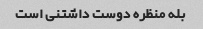
بله منظره دوست داشتنی است